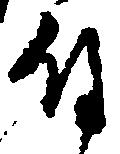
付